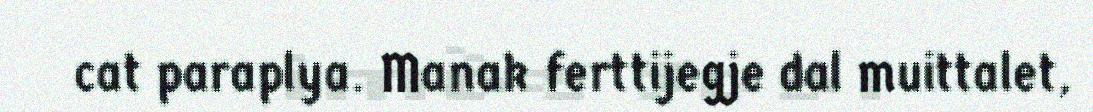
cat paraplya. Manak ferttijegje dal muittalet,